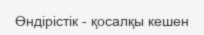
Өндірістік - қосалқы кешен